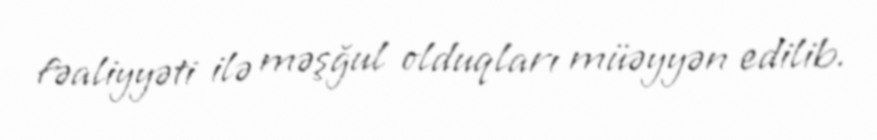
fəaliyyəti ilə məşğul olduqları müəyyən edilib.